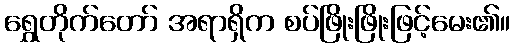
ရွှေတိုက်တော် အရာရှိက စပ်ဖြိုးဖြိုးဖြင့်မေး၏။